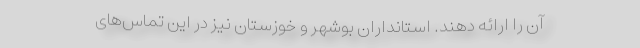
آن را ارائه دهند. استانداران بوشهر و خوزستان نیز در این تماس‌های